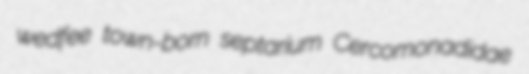
wedfee town-born septarium Cercomonadidae